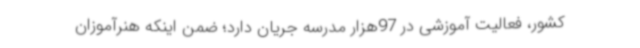
کشور، فعالیت آموزشی در 97هزار مدرسه جریان دارد؛ ضمن اینکه هنرآموزان